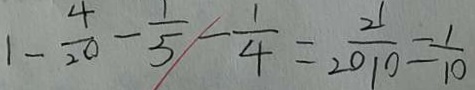
1 - \frac { 4 } { 2 0 } - \frac { 1 } { 5 } - \frac { 1 } { 4 } = \frac { 2 1 } { 2 0 1 0 } = \frac { 1 } { 1 0 }